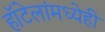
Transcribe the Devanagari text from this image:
हॉटेलांमध्येही